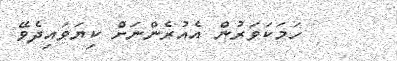
ހަމަކަަވަރުން އެއުރެންނަށް ކިޔަވައިދެވޭ